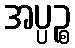
အပ္ပဉ္စ